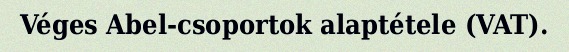
Véges Abel-csoportok alaptétele (VAT).